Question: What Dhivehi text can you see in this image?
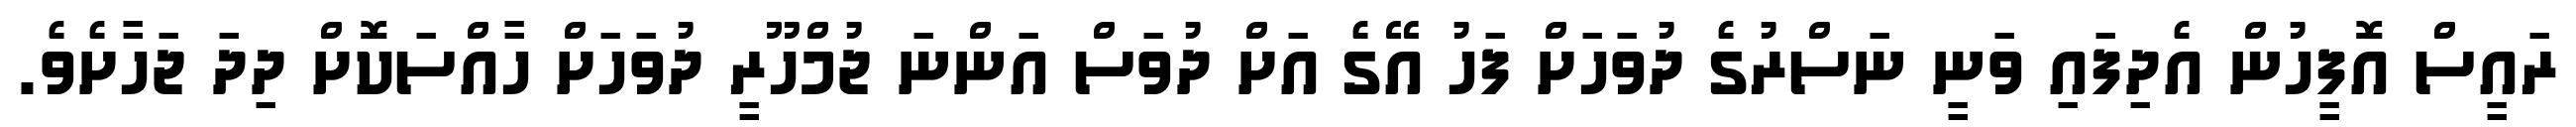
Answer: ރައީސް އޮފީހުން އެދިފައި ވަނީ ނަސްރުގެ ދުވަހަށް ފަހު އޭގެ އަށް ދުވަސް އަންނަ ޖުމްހޫރީ ދުވަހަށް ހާއްސަކޮށް ދިދަ ޖަހާށެވެ.